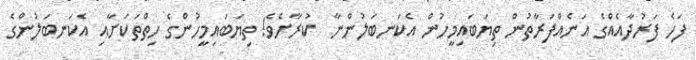
ފަހެ ފަރުދާއެއްގެ އަނެއްފަރާތުން ތިޔަބައިމީހުން އެކަނބަލުންނާ  ކުރާށެވެ! ތިޔަބައިމީހުންގެ ހިތްތަކަށާއި އެކަނބަލުންގެ